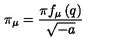
\pi _ { \mu } = \frac { \pi f _ { \mu } \left( q \right) } { \sqrt { - a } }